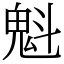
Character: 魁